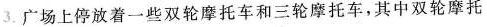
3. 广场上停放着一些双轮摩托车和三轮摩托车，其中双轮摩托